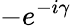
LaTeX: -e^{-i\gamma}